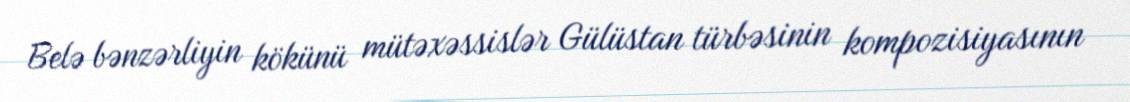
Belə bənzərliyin kökünü mütəxəssislər Gülüstan türbəsinin kompozisiyasının